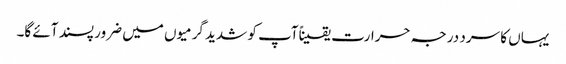
یہاں کا سرد درجہ حرارت یقیناًآپ کو شدید گرمیوں میں ضرور پسند آئے گا۔